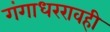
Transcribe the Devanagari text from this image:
गंगाधररावही